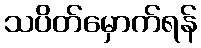
သပိတ်မှောက်ရန်